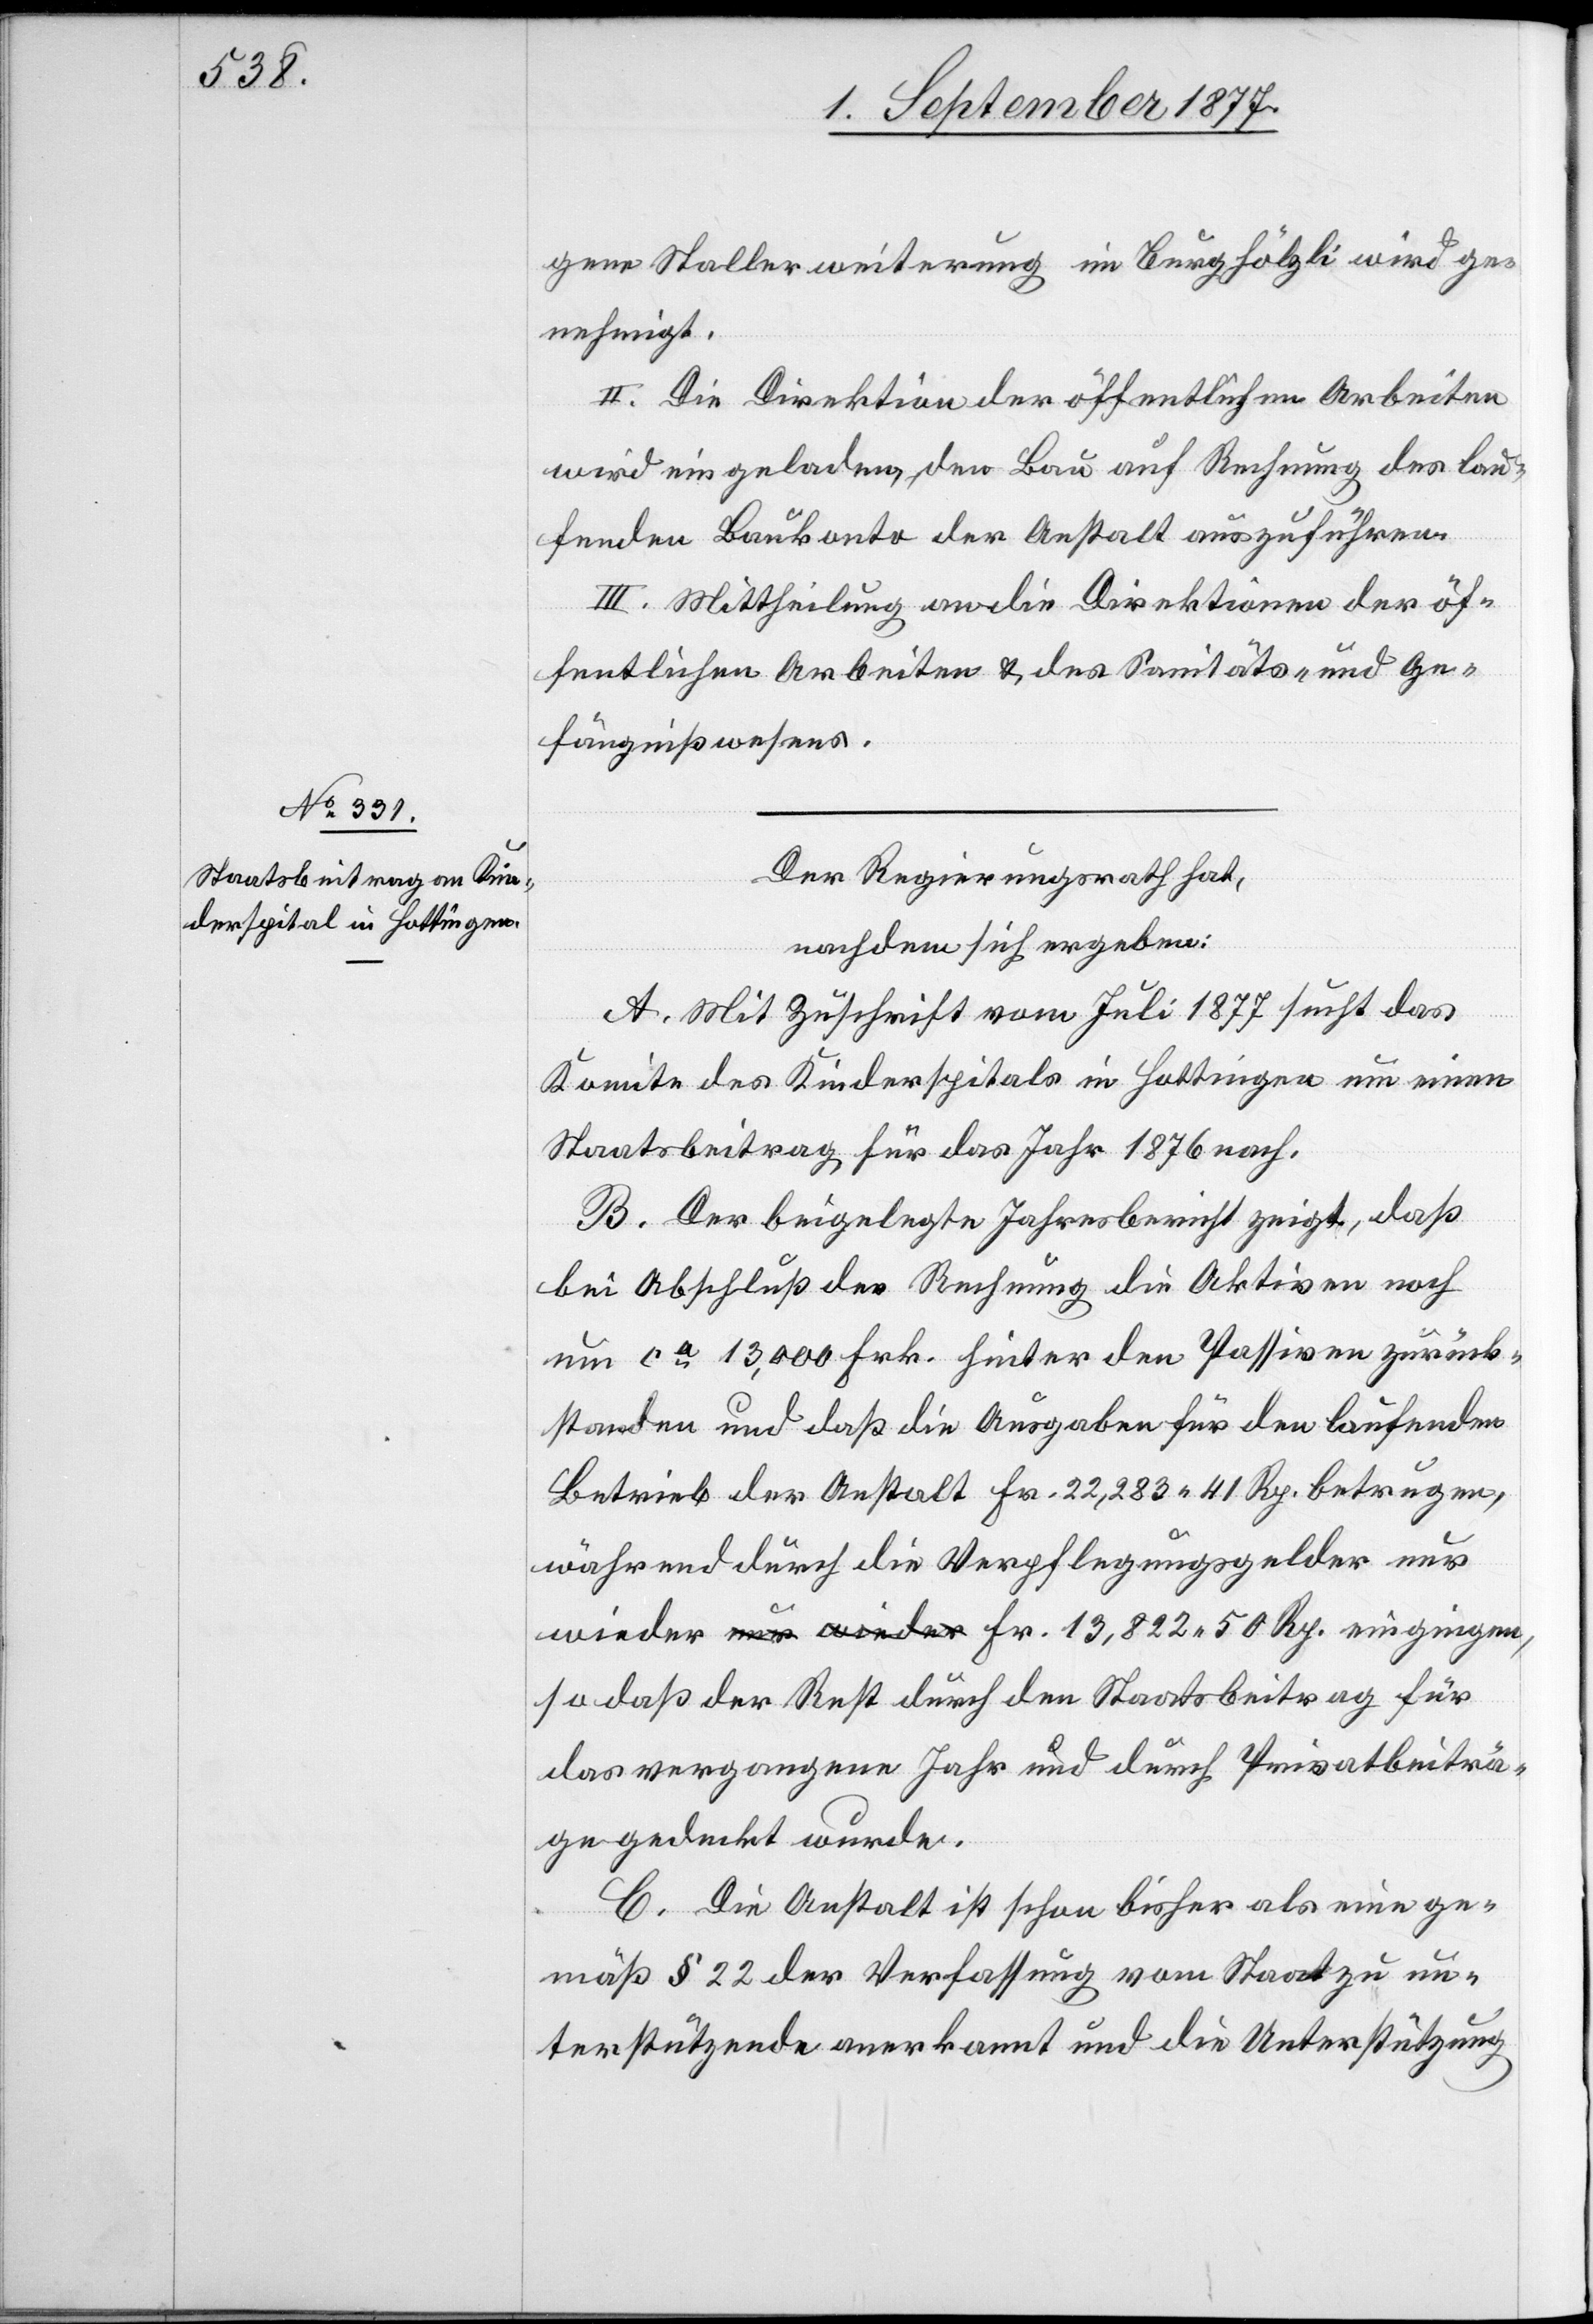
50 Rp.

gene Stallerweiterung im Burghölzli wird ge¬
nehmigt.
II. Die Direktion der öffentlichen Arbeiten
wird eingeladen, den Bau auf Rechnung des lau¬
fenden Baukonto der Anstalt auszuführen.
III. Mittheilung an die Direktionen der öf¬
fentlichen Arbeiten & des Sanitäts- und Ge¬
fängnißwesens.
Der Regierungsrath hat,
nachdem sich ergeben:
A. Mit Zuschrift vom Juli 1877 sucht das
Komite des Kinderspitals in Hottingen um einen
Staatsbeitrag für das Jahr 1876 nach.
B. Der beigelegte Jahresbericht zeigt, daß
bei Abschluß der Rechnung die Aktiven noch
um ca 13,000 Frk. hinter den Passiven zurück¬
standen und daß die Ausgaben für den laufenden
Betrieb der Anstalt Fr. 22,283 41 Rp. betrugen,
während durch die Verpflegungsgelder nur
so daß der Rest durch den Staatsbeitrag für
das vergangene Jahr und durch Privatbeiträ¬
ge gedeckt wurde.
C. Die Anstalt ist schon bisher als eine ge¬
mäß § 22 der Verfassung vom Staat zu un¬
terstützende anerkannt und die Unterstützung